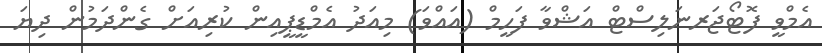
އެމްވީ ފޮޓޯޖަރނަލިސްޓް އަޝްވާ ފަހީމް (އައްވަ) މިއަދު އެމްޑީޕީއިން ކުރިއަށް ގެންދަމުން ދިޔަ